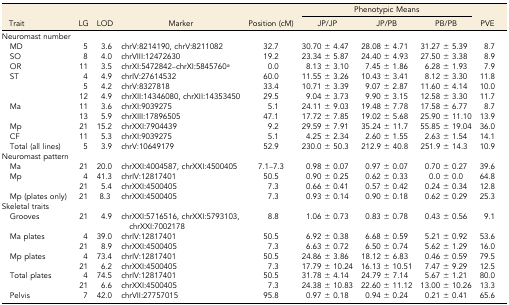
<table><thead><tr><td></td><td></td><td></td><td></td><td></td><td colspan="3"><b>Phenotypic Means</b></td><td></td></tr><tr><td><b>Trait</b></td><td><b>LG</b></td><td><b>LOD</b></td><td><b>Marker</b></td><td><b>Position (cM)</b></td><td><b>JP/JP</b></td><td><b>JP/PB</b></td><td><b>PB/PB</b></td><td><b>PVE</b></td></tr></thead><tbody><tr><td>Neuromast number</td><td></td><td></td><td></td><td></td><td></td><td></td><td></td><td></td></tr><tr><td> MD</td><td>5</td><td>3.6</td><td>chrV:8214190, chrV:8211082</td><td>32.7</td><td>30.70 ± 4.47</td><td>28.08 ± 4.71</td><td>31.27 ± 5.39</td><td>8.7</td></tr><tr><td> SO</td><td>8</td><td>4.0</td><td>chrVIII:12472630</td><td>19.2</td><td>23.34 ± 5.87</td><td>24.40 ± 4.93</td><td>27.50 ± 3.38</td><td>8.9</td></tr><tr><td> OR</td><td>11</td><td>3.5</td><td>chrXI:5472842–chrXI:5845760<i><sup>a</sup></i></td><td>0.0</td><td>8.13 ± 3.10</td><td>7.45 ± 1.86</td><td>6.28 ± 1.93</td><td>7.9</td></tr><tr><td> ST</td><td>4</td><td>4.9</td><td>chrIV:27614532</td><td>60.0</td><td>11.55 ± 3.26</td><td>10.43 ± 3.41</td><td>8.12 ± 3.30</td><td>11.8</td></tr><tr><td></td><td>5</td><td>4.2</td><td>chrV:8327818</td><td>33.4</td><td>10.71 ± 3.39</td><td>9.07 ± 2.87</td><td>11.60 ± 4.14</td><td>10.0</td></tr><tr><td></td><td>12</td><td>4.9</td><td>chrXII:14346080, chrXII:14353450</td><td>29.5</td><td>9.04 ± 3.73</td><td>9.90 ± 3.15</td><td>12.58 ± 3.30</td><td>11.7</td></tr><tr><td> Ma</td><td>11</td><td>3.6</td><td>chrXI:9039275</td><td>5.1</td><td>24.11 ± 9.03</td><td>19.48 ± 7.78</td><td>17.58 ± 6.77</td><td>8.7</td></tr><tr><td></td><td>13</td><td>5.9</td><td>chrXIII:17896505</td><td>47.1</td><td>17.72 ± 7.85</td><td>19.02 ± 5.68</td><td>25.90 ± 11.10</td><td>13.9</td></tr><tr><td> Mp</td><td>21</td><td>15.2</td><td>chrXXI:7904439</td><td>9.2</td><td>29.59 ± 7.91</td><td>35.24 ± 11.7</td><td>55.85 ± 19.04</td><td>36.0</td></tr><tr><td> CF</td><td>11</td><td>5.3</td><td>chrXI:9039275</td><td>5.1</td><td>4.25 ± 2.34</td><td>2.60 ± 1.55</td><td>2.63 ± 1.54</td><td>14.1</td></tr><tr><td> Total (all lines)</td><td>5</td><td>3.9</td><td>chrV:10649179</td><td>52.9</td><td>230.0 ± 50.3</td><td>212.9 ± 40.8</td><td>251.9 ± 14.3</td><td>10.9</td></tr><tr><td>Neuromast pattern</td><td></td><td></td><td></td><td></td><td></td><td></td><td></td><td></td></tr><tr><td> Ma</td><td>21</td><td>20.0</td><td>chrXXI:4004587, chrXXI:4500405</td><td>7.1–7.3</td><td>0.98 ± 0.07</td><td>0.97 ± 0.07</td><td>0.70 ± 0.27</td><td>39.6</td></tr><tr><td> Mp</td><td>4</td><td>41.3</td><td>chrIV:12817401</td><td>50.5</td><td>0.90 ± 0.25</td><td>0.62 ± 0.33</td><td>0.0 ± 0.0</td><td>64.8</td></tr><tr><td></td><td>21</td><td>5.4</td><td>chrXXI:4500405</td><td>7.3</td><td>0.66 ± 0.41</td><td>0.57 ± 0.42</td><td>0.24 ± 0.34</td><td>12.8</td></tr><tr><td> Mp (plates only)</td><td>21</td><td>8.3</td><td>chrXXI:4500405</td><td>7.3</td><td>0.93 ± 0.14</td><td>0.90 ± 0.18</td><td>0.62 ± 0.29</td><td>25.3</td></tr><tr><td>Skeletal traits</td><td></td><td></td><td></td><td></td><td></td><td></td><td></td><td></td></tr><tr><td> Grooves</td><td>21</td><td>4.9</td><td>chrXXI:5716516, chrXXI:5793103, chrXXI:7002178</td><td>8.8</td><td>1.06 ± 0.73</td><td>0.83 ± 0.78</td><td>0.43 ± 0.56</td><td>9.1</td></tr><tr><td> Ma plates</td><td>4</td><td>39.0</td><td>chrIV:12817401</td><td>50.5</td><td>6.92 ± 0.38</td><td>6.68 ± 0.59</td><td>5.21 ± 0.92</td><td>53.6</td></tr><tr><td></td><td>21</td><td>8.9</td><td>chrXXI:4500405</td><td>7.3</td><td>6.63 ± 0.72</td><td>6.50 ± 0.74</td><td>5.62 ± 1.29</td><td>16.0</td></tr><tr><td> Mp plates</td><td>4</td><td>73.4</td><td>chrIV:12817401</td><td>50.5</td><td>24.86 ± 3.86</td><td>18.12 ± 6.83</td><td>0.46 ± 0.59</td><td>79.5</td></tr><tr><td></td><td>21</td><td>6.2</td><td>chrXXI:4500405</td><td>7.3</td><td>17.79 ± 10.24</td><td>16.13 ± 10.51</td><td>7.47 ± 9.29</td><td>12.5</td></tr><tr><td> Total plates</td><td>4</td><td>74.5</td><td>chrIV:12817401</td><td>50.5</td><td>31.78 ± 4.14</td><td>24.79 ± 7.14</td><td>5.67 ± 1.21</td><td>80.0</td></tr><tr><td></td><td>21</td><td>6.6</td><td>chrXXI:4500405</td><td>7.3</td><td>24.38 ± 10.83</td><td>22.60 ± 11.12</td><td>13.00 ± 10.26</td><td>13.3</td></tr><tr><td> Pelvis</td><td>7</td><td>42.0</td><td>chrVII:27757015</td><td>95.8</td><td>0.97 ± 0.18</td><td>0.94 ± 0.24</td><td>0.21 ± 0.41</td><td>65.6</td></tr></tbody></table>